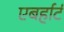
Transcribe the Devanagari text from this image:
एबर्हार्ट